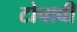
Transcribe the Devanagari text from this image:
टोचावी